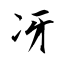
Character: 冴